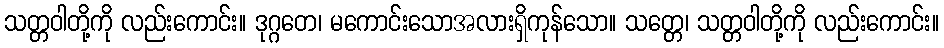
သတ္တဝါတို့ကို လည်းကောင်း။ ဒုဂ္ဂတေ၊ မကောင်းသောအလားရှိကုန်သော။ သတ္တေ၊ သတ္တဝါတို့ကို လည်းကောင်း။